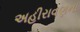
અહીરાવણના